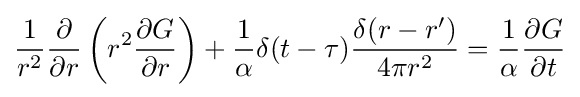
{\frac {1}{r^{2}}}{\frac {\partial }{\partial r}}\left(r^{2}{\frac {\partial G}{\partial r}}\right)+{\frac {1}{\alpha }}\delta (t-\tau ){\frac {\delta (r-r')}{4\pi r^{2}}}={\frac {1}{\alpha }}{\frac {\partial G}{\partial t}}